Plague in India, 1896, 1897 - Volume 1
Year: 1896
Disease focus: Plague
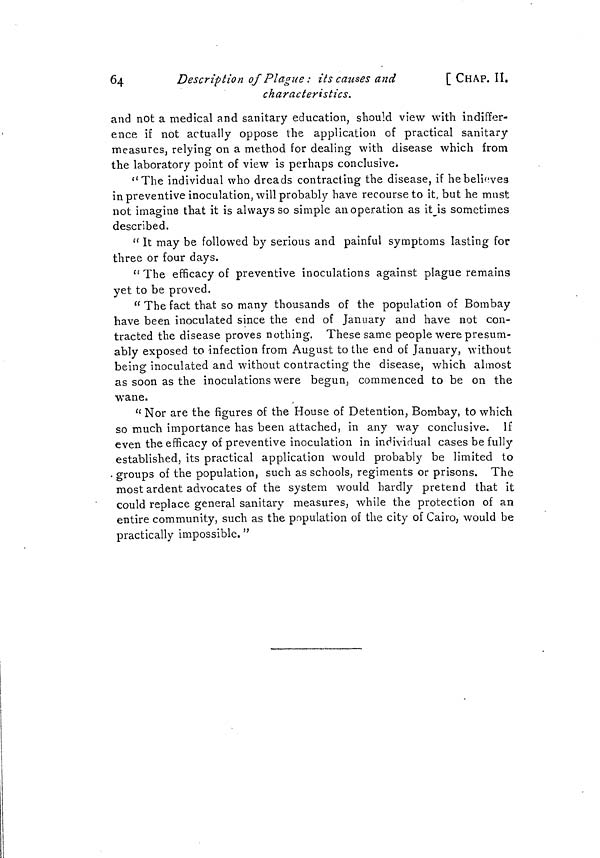
64
Description of Plague : its causes and
characteristics.
[ CHAP. II.
and not a medical and sanitary education, should view with indiffer-
ence if not actually oppose the application of practical sanitary
measures, relying on a method for dealing with disease which from
the laboratory point of view is perhaps conclusive.
"The individual who dreads contracting the disease, if he believes
in preventive inoculation, will probably have recourse to it, but he must
not imagine that it is always so simple an operation as it is sometimes
described.
" It may be followed by serious and painful symptoms lasting for
three or four days.
"The efficacy of preventive inoculations against plague remains
yet to be proved.
" The fact that so many thousands of the population of Bombay
have been inoculated since the end of January and have not con-
tracted the disease proves nothing. These same people were presum-
ably exposed to infection from August to the end of January, without
being inoculated and without contracting the disease, which almost
as soon as the inoculations were begun, commenced to be on the
wane.
" Nor are the figures of the House of Detention, Bombay, to which
so much importance has been attached, in any way conclusive. If
even the efficacy of preventive inoculation in individual cases be fully
established, its practical application would probably be limited to
• groups of the population, such as schools, regiments or prisons. The
most ardent advocates of the system would hardly pretend that it
could replace general sanitary measures, while the protection of an
entire community, such as the population of the city of Cairo, would be
practically impossible. "